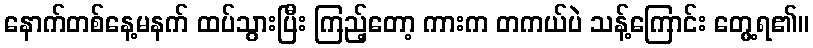
နောက်တစ်နေ့မနက် ထပ်သွားပြီး ကြည့်တော့ ကားက တကယ်ပဲ သန့်ကြောင်း တွေ့ရ၏။